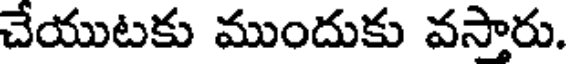
చేయుటకు ముందుకు వసారు.